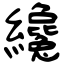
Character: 纔